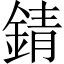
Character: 錆